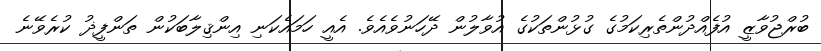
ބުރްޖުވާޒީ އުފެއްދުންތެރިކަމުގެ ގުޅުންތަކުގެ އުވާލުން ދޭހަނުވެއެވެ. އެއީ ހަމައެކަނި އިންޤިލާބަކުން ތަންފީޛު ކުރެވޭނެ